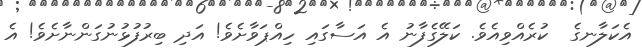
އެކަލާނގެ  ކުރެއްވިއެވެ. ކަލޭގެފާނު އެ އަސާގައި ހިއްޕަވާށެވެ! އަދި ބިރުފުޅުނުގަންނާށެވެ! އެ